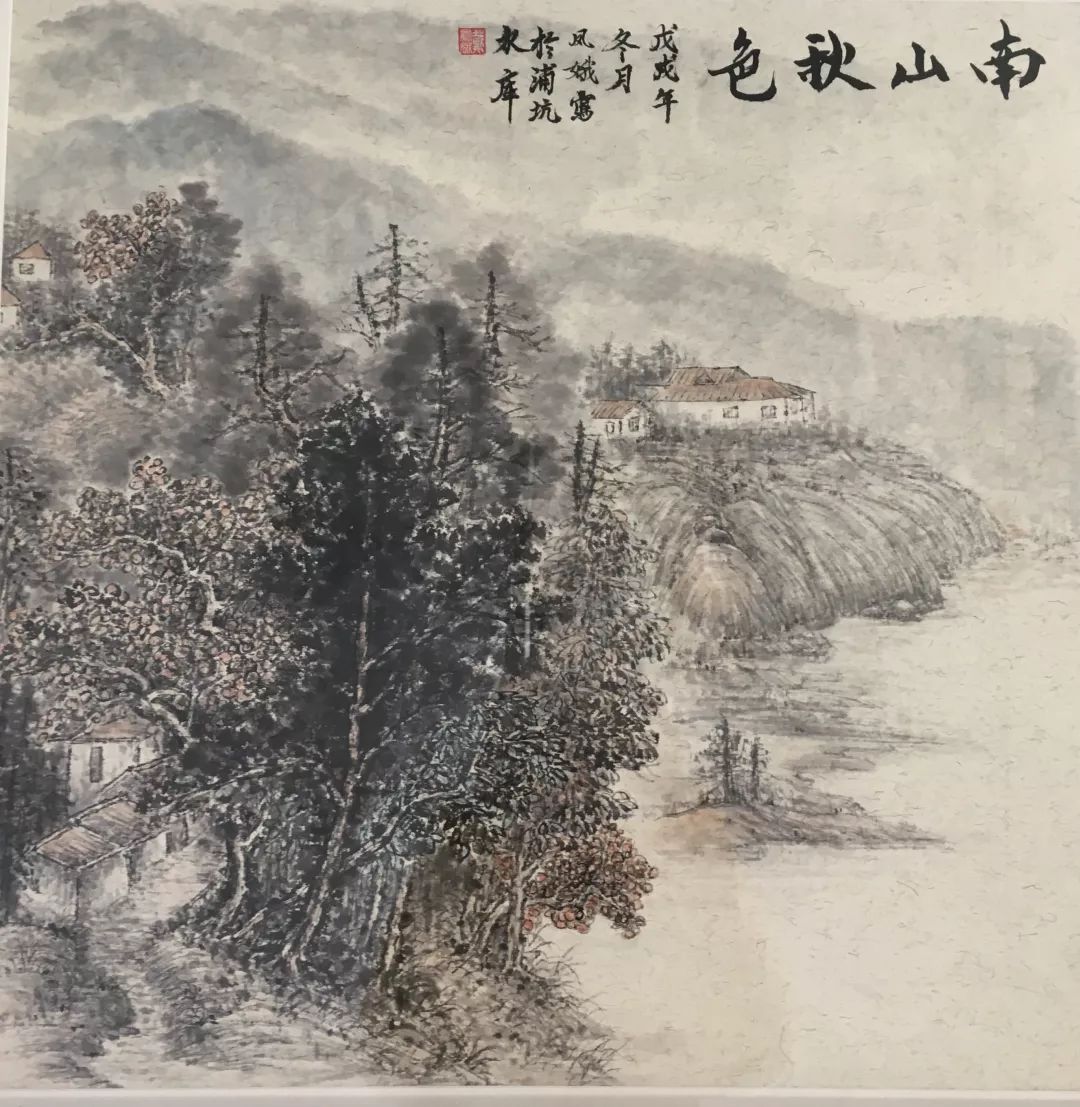
去年射虎南山秋，夜归急雪满貂裘。